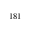
^ { 1 8 1 }